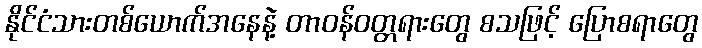
နိုင်ငံသားတစ်ယောက်အနေနဲ့ တာဝန်ဝတ္တရားတွေ စသဖြင့် ပြောစရာတွေ